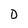
Character: D